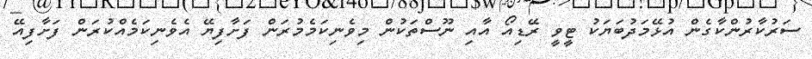
ސަރުކާރުންކާގެން އުޅޭމަދުބަޔަކު ޓީވީ ރޭޑިއޯ އާއި ނޫސްތަކުން މިވެނިކަމެމުރަން ފަށާފިޔޭ އެވެނިކަމެއްކުރަން ފަށާފިއޭ